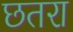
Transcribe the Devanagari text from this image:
छतरा